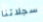
سجلاتنا